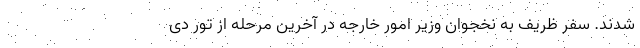
شدند. سفر ظریف به نخجوان وزیر امور خارجه در آخرین مرحله از تور دی